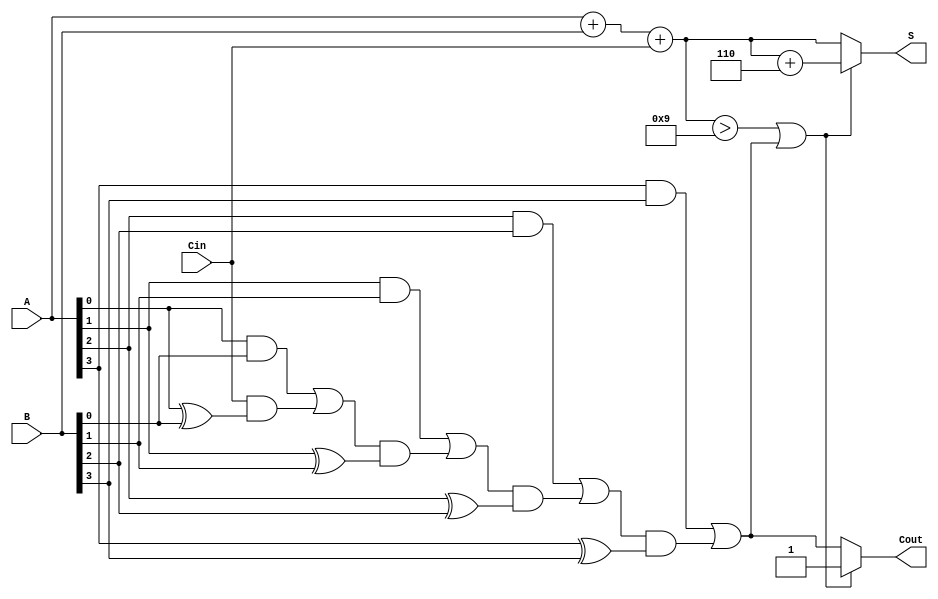
module BCD_CLA_Adder (
    input [3:0] A,       // First BCD digit
    input [3:0] B,       // Second BCD digit
    input Cin,           // Carry input
    output reg [3:0] S,  // BCD sum output
    output reg Cout      // Carry output
);

    wire [3:0] Sum;      // Intermediate sum
    wire [3:0] C;        // Carry signals

    // Step 1: Initial binary addition
    assign Sum = A + B + Cin;

    // Step 2: Generate carry signals
    assign C[0] = (A[0] & B[0]) | (Cin & (A[0] ^ B[0]));
    assign C[1] = (A[1] & B[1]) | (C[0] & (A[1] ^ B[1]));
    assign C[2] = (A[2] & B[2]) | (C[1] & (A[2] ^ B[2]));
    assign C[3] = (A[3] & B[3]) | (C[2] & (A[3] ^ B[3]));

    // Step 3: Determine final Cout
    always @(*) begin
        Cout = C[3];
        
        // Step 4: BCD correction
        if (Sum > 9 || Cout) begin
            S = Sum + 6;  // Add 6 for BCD correction
            Cout = 1;     // Set carry out
        end else begin
            S = Sum;      // No correction needed
        end
    end

endmodule